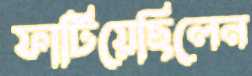
ফাটিয়েছিলেন